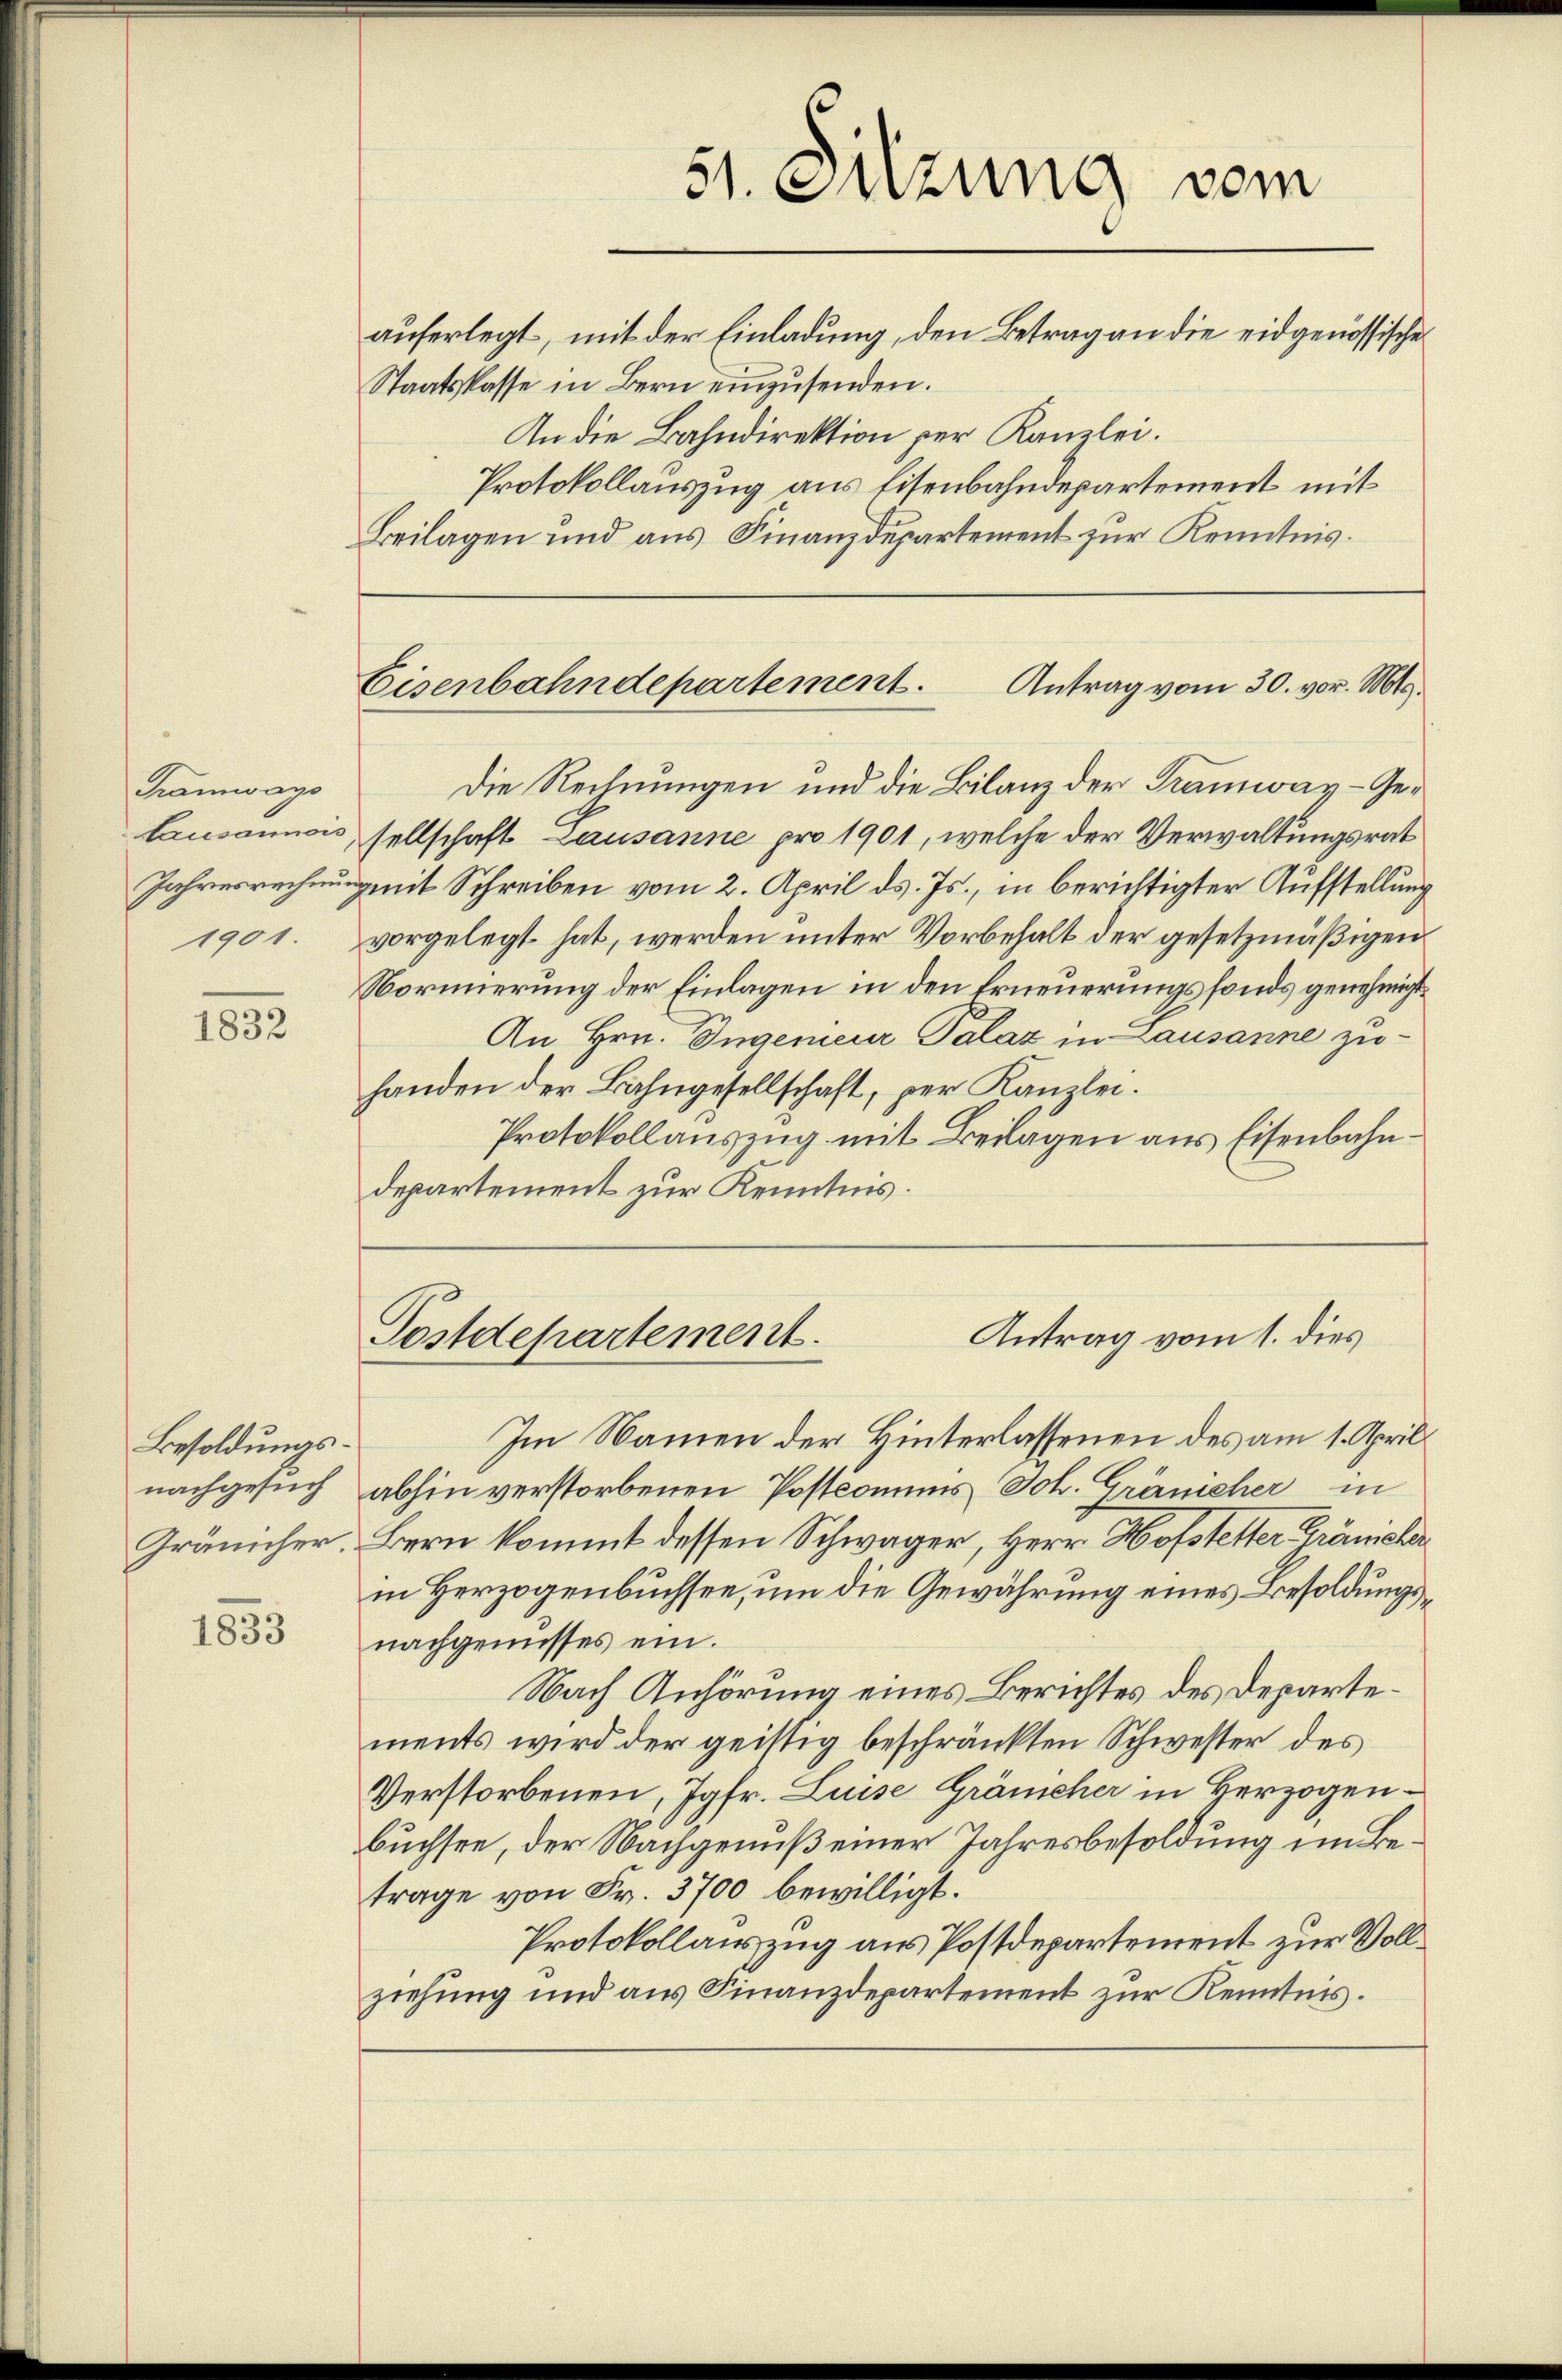
Tramways
tausannois
Jahresrechnung

1832

Besoldungsnachgesuch
Gränicher.

1833

An die Bahndirektion per Kanzlei.
Protokollauszug aus Eisenbahndepartement mit
Beilagen und aus Finanzdepartement zur Kenntnis.
Die Rechnungen und die Bilanz der Tramway-Gesellschaft Lausanne pro 1901, welche der Verwaltungsrat
mit Schreiben vom 2. April ds. Js., in berichtigter Aufstellung
1901. vorgelegt hat, werden unter Vorbehalt der gesetzmäßigen
Normierung der Einlagen in den Erneuerungsfonds genehmigt
An Hrn. Ingenieur Palaz in Lausanne zuhanden der Bahngesellschaft, per Kanzlei.
Protokollauszug mit Beilagen aus Eisenbahndepartement zur Kenntnis.
Antrag vom 1. dies
Postdepartement.
Im Namen der Hinterlassenen des am 1. April
abhin verstorbenen Postcomuns Joh. Gränischer in
Bern kommt dessen Schwager, Herr Hofstetter Krämeher
in Herzogenbuchsee, um die Gewährung eines Besoldungsnachgenusses ein.
Nach Anhörung eines Berichtes des Departements wird der geistig beschränkten Schwester des
Verstorbenen, Jgfr. Luise Gränicher in Herzogenbuchsee, der Nachgenuß einer Jahresbesoldung im Betrage von Fr. 3700 bewilligt.
Protokollauszug aus Postdepartement zur Vollziehung und aus Finanzdepartement zur Kenntnis.

51. Sitzung vom
auferlegt, mit der Einladung, den Betrag an die eidgenössische
Staatskasse in Bern einzusenden.

Eisenbahndepartement.
Antrag vom 30. vor. Mts.